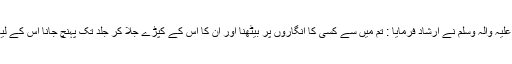
“ نبی ٔ پاک ، صاحِبِ لَولاک صَلَّی اللّٰہُ تَعَالٰی عَلَیْہِ وَاٰلہٖ وَسَلَّم نے اِرشاد فرمایا : تم میں سے کسی کا اَنگاروں پر بیٹھنا اور ان کا اس کے کپڑے جلا کر جلد تک پہنچ جانا اس کے لیے اس سے بہتر ہے کہ کسی قبر پر بیٹھے۔